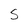
Character: S